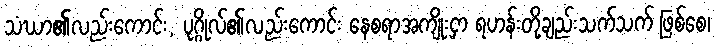
သံဃာ၏လည်းကောင်း, ပုဂ္ဂိုလ်၏လည်းကောင်း နေစရာအကျိုးငှာ ရဟန်းတို့ချည်းသက်သက် ဖြစ်စေ၊